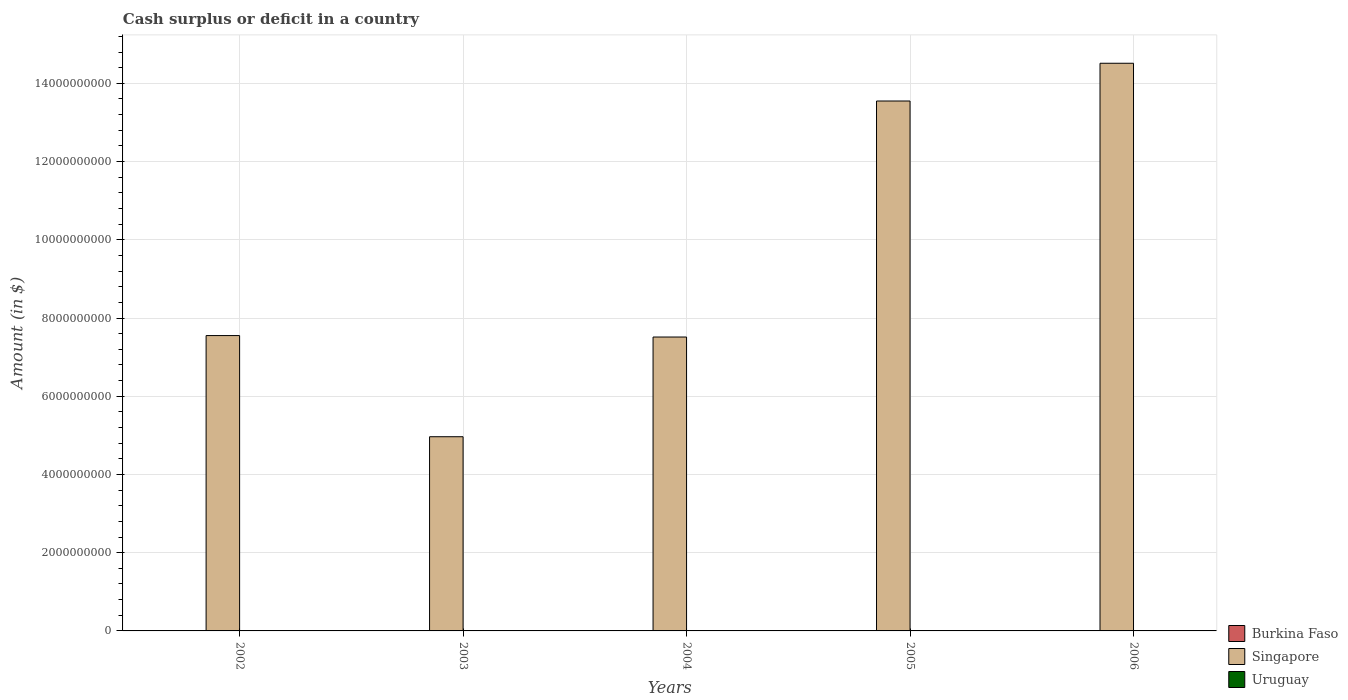
| Years | Burkina Faso | Singapore | Uruguay |
 | --- | --- | --- | --- |
 | 2002 | -1.02e+11 | 7.55e+09 | -1.27e+10 |
 | 2003 | -4.96e+10 | 4.96e+09 | -1.44e+10 |
 | 2004 | -1.13e+11 | 7.51e+09 | -9.52e+09 |
 | 2005 | -1.55e+11 | 1.35e+10 | -6.47e+09 |
 | 2006 | -1.79e+11 | 1.45e+10 | -4.28e+09 |